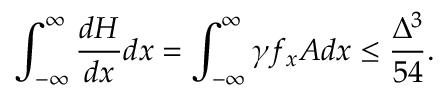
\int _ { - \infty } ^ { \infty } \frac { d H } { d x } d x = \int _ { - \infty } ^ { \infty } \gamma f _ { x } A d x \le \frac { \Delta ^ { 3 } } { 5 4 } .